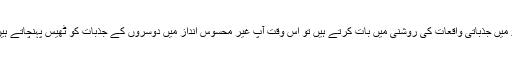
ایک اور بات کو بھی جاننا ضروری ہے کہ جس وقت آپ کسی شخص کے بارے میں جذباتی واقعات کی روشنی میں بات کرتے ہیں تو اس وقت آپ غیر محسوس انداز میں دوسروں کے جذبات کو ٹھیس پہنچاتے ہیں اور اس طرح اس شخص کے خلاف بہت سے محاز کھولنے کا باعث بنتے ہیں۔